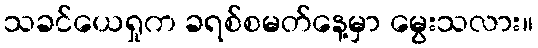
သခင်ယေရှုက ခရစ်စမတ်နေ့မှာ မွေးသလား။